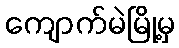
ကျောက်မဲမြို့မှ